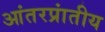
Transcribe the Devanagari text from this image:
आंतरप्रांतीय